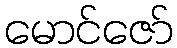
မောင်ဇော်